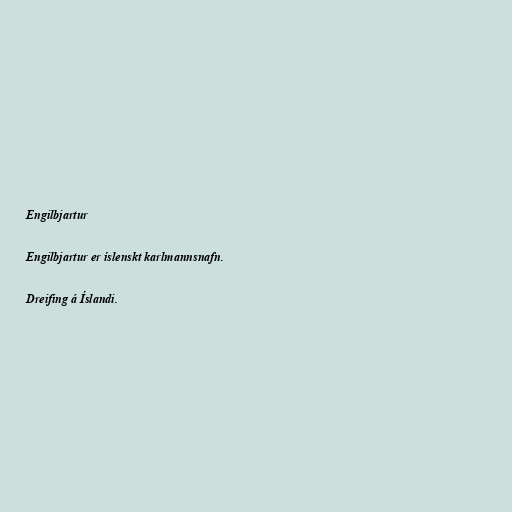
Engilbjartur

Engilbjartur er íslenskt karlmannsnafn.

Dreifing á Íslandi.